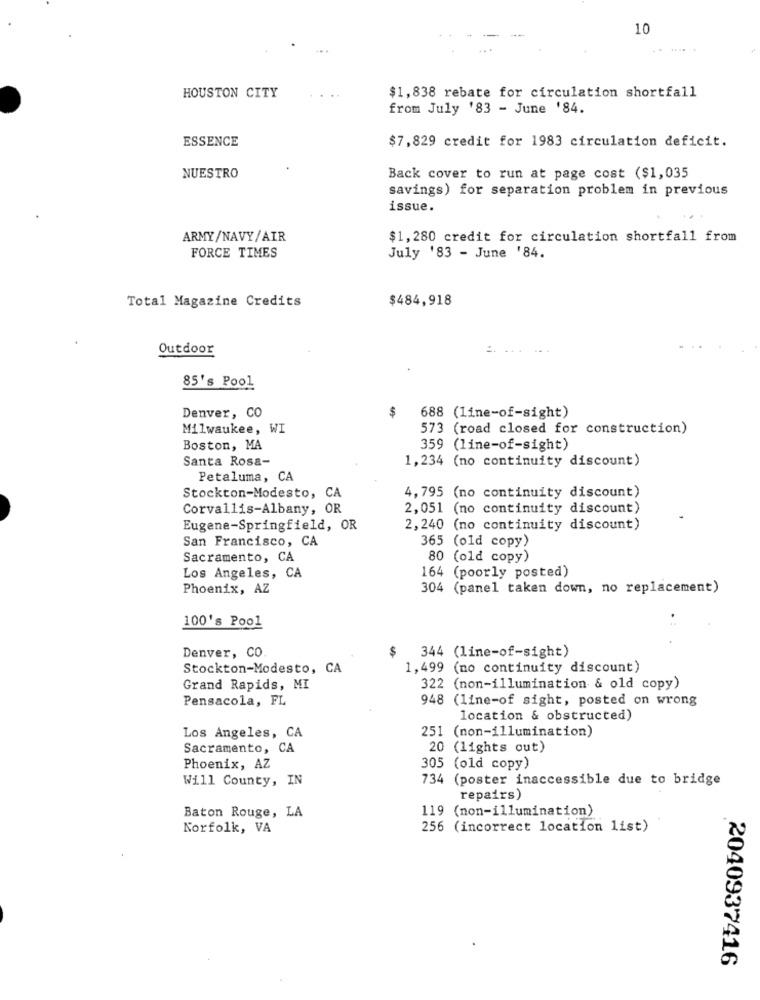
10
HOUSTON CITY
$1,838 rebate for circulation shortfall
from July '83 - June '84.
ESSENCE
$7,829 credit for 1983 circulation deficit.
NUESTRO
Back cover to run at page cost ($1,035
savings) for separation problem in previous
issue.
ARMY/NAVY/AIR
$1,280 credit for circulation shortfall from
FORCE TIMES
July '83 - June '84.
Total Magazine Credits
$484,918
Outdoor
85's Pool
688 (1ine-of-sight)
Denver, CO
$
Milwaukee, WI
573 (road closed for construction)
Boston, MA
359 (line-of-sight)
Santa Rosa-
1,234 (no continuity discount)
Petaluma, CA
Stockton-Modesto, CA
4, 795 (no continuity discount)
Corvallis-Albany, OR
2,051 (no continuity discount)
Eugene-Springfield, OR
2,240 (no continuity discount)
San Francisco, CA
365 (old copy)
Sacramento, CA
80 (old copy)
Los Angeles, CA
164 (poorly posted)
Phoenix, AZ
304 (panel taken down, no replacement)
100's Pool
$
Denver, CO.
344 (line-of-sight)
Stockton-Modesto, CA
1,499 (mo continuity discount)
Grand Rapids, MI
322 (non-illumination & old copy)
Pensacola, FL
948 (line-of sight, posted on wrong
location & obstructed)
251 (non-illumination)
Los Angeles, CA
Sacramento, CA
20 (lights out)
Phoenix, AZ
305 (old copy)
Will County, IN
734 (poster inaccessible due to bridge
repairs)
119 (non-illumination)
Baton Rouge, LA
Norfolk, VA
256 (incorrect location list)
2040937416